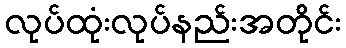
လုပ်ထုံးလုပ်နည်းအတိုင်း